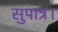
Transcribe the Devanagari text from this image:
सुपात्र।